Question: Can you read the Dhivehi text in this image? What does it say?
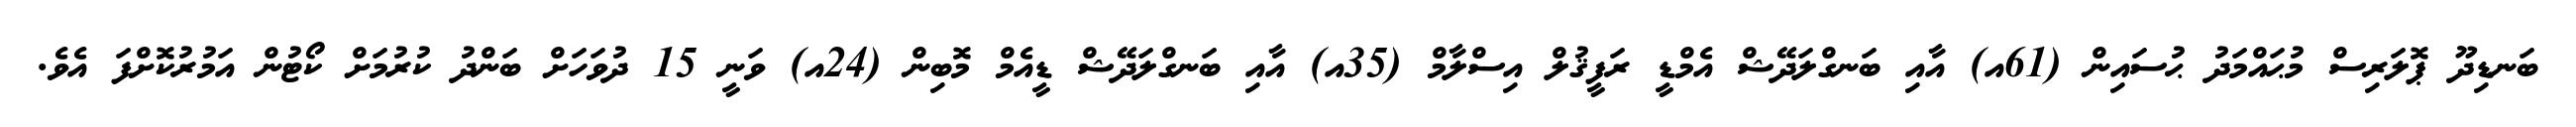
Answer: ބަނޑިދޫ ޕޮލަރިސް މުޙައްމަދު ޙުސައިން (61އ) އާއި ބަނގްލަދޭޝް އެމްޑީ ރަފީޤުލް އިސްލާމް (35އ) އާއި ބަނގްލަދޭޝް ޑީއެމް މޮބިން (24އ) ވަނީ 15 ދުވަހަށް ބަންދު ކުރުމަށް ކޯޓުން އަމުރުކޮށްފަ އެވެ.